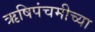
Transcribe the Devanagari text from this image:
ऋषिपंचमीच्या